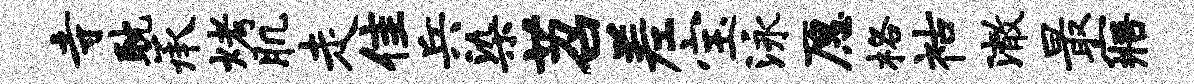
寺耽承烤肌走隹兵染苕差宝泳愿格祜澈最寤